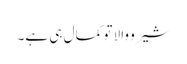
شیرو والا تو کمال ہی ہے۔